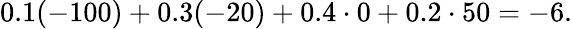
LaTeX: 0.1(-100)+0.3(-20)+0.4\cdot 0+0.2\cdot 50=-6.